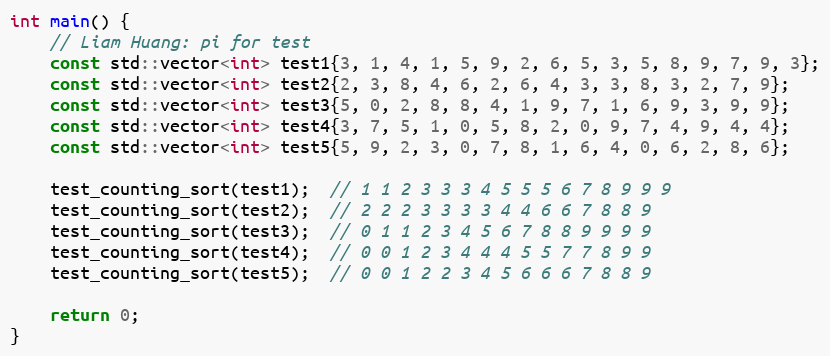
Language: C++
int main() {
    // Liam Huang: pi for test
    const std::vector<int> test1{3, 1, 4, 1, 5, 9, 2, 6, 5, 3, 5, 8, 9, 7, 9, 3};
    const std::vector<int> test2{2, 3, 8, 4, 6, 2, 6, 4, 3, 3, 8, 3, 2, 7, 9};
    const std::vector<int> test3{5, 0, 2, 8, 8, 4, 1, 9, 7, 1, 6, 9, 3, 9, 9};
    const std::vector<int> test4{3, 7, 5, 1, 0, 5, 8, 2, 0, 9, 7, 4, 9, 4, 4};
    const std::vector<int> test5{5, 9, 2, 3, 0, 7, 8, 1, 6, 4, 0, 6, 2, 8, 6};

    test_counting_sort(test1);  // 1 1 2 3 3 3 4 5 5 5 6 7 8 9 9 9
    test_counting_sort(test2);  // 2 2 2 3 3 3 3 4 4 6 6 7 8 8 9
    test_counting_sort(test3);  // 0 1 1 2 3 4 5 6 7 8 8 9 9 9 9
    test_counting_sort(test4);  // 0 0 1 2 3 4 4 4 5 5 7 7 8 9 9
    test_counting_sort(test5);  // 0 0 1 2 2 3 4 5 6 6 6 7 8 8 9

    return 0;
}